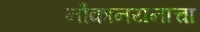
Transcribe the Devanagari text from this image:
नौकानयनाचा